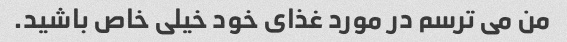
من می ترسم در مورد غذای خود خیلی خاص باشید.